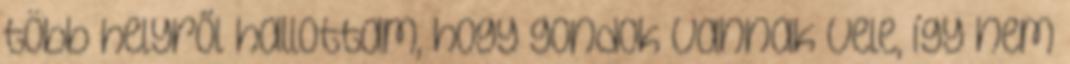
több helyről hallottam, hogy gondok vannak vele, így nem